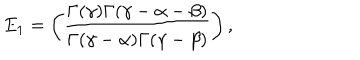
LaTeX: E _ { 1 } = \left( \frac { \Gamma ( \gamma ) \Gamma ( \gamma - \alpha - \beta ) } { \Gamma ( \gamma - \alpha ) \Gamma ( \gamma - \beta ) } \right) ,